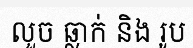
លួច ឆ្លាក់ និង រូប